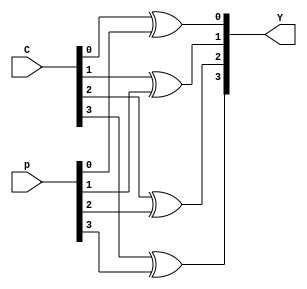
`timescale 1ns / 1ps
//////////////////////////////////////////////////////////////////////////////////
// Company: 
// Engineer: 
// 
// Design Name: 
// Module Name: sums
// Project Name: 
// Target Devices: 
// Tool Versions: 
// Description: 
// 
// Dependencies: 
// 
// Revision:
// Revision 0.01 - File Created
// Additional Comments:
// 
//////////////////////////////////////////////////////////////////////////////////


module sums(input [3:0] p, C, output [3:0] Y);

assign Y[0] = C[0] ^ p[0];
assign Y[1] = C[1] ^ p[1];
assign Y[2] = C[2] ^ p[2];
assign Y[3] = C[3] ^ p[3];

endmodule